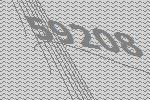
59208